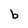
Character: b